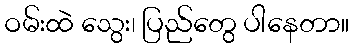
ဝမ်းထဲ သွေး၊ ပြည်တွေ ပါနေတာ။